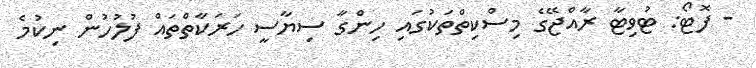
- ފޮޓޯ: ޓުވިޓާ ރާއްޖޭގެ މިސްކިތްތަކުގައި ހިންގާ ސިޔާސީ ހަރަކާތްތައް ފުލުހުން ނިކުމެ